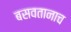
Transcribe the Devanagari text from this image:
बसवतानाच